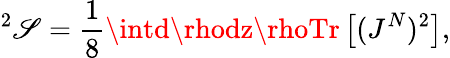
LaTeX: ^2\mathscr{S}=\frac{{1}}{{8}}\intd\rhodz\rhoTr\left[(J^{N})^{2}\right],